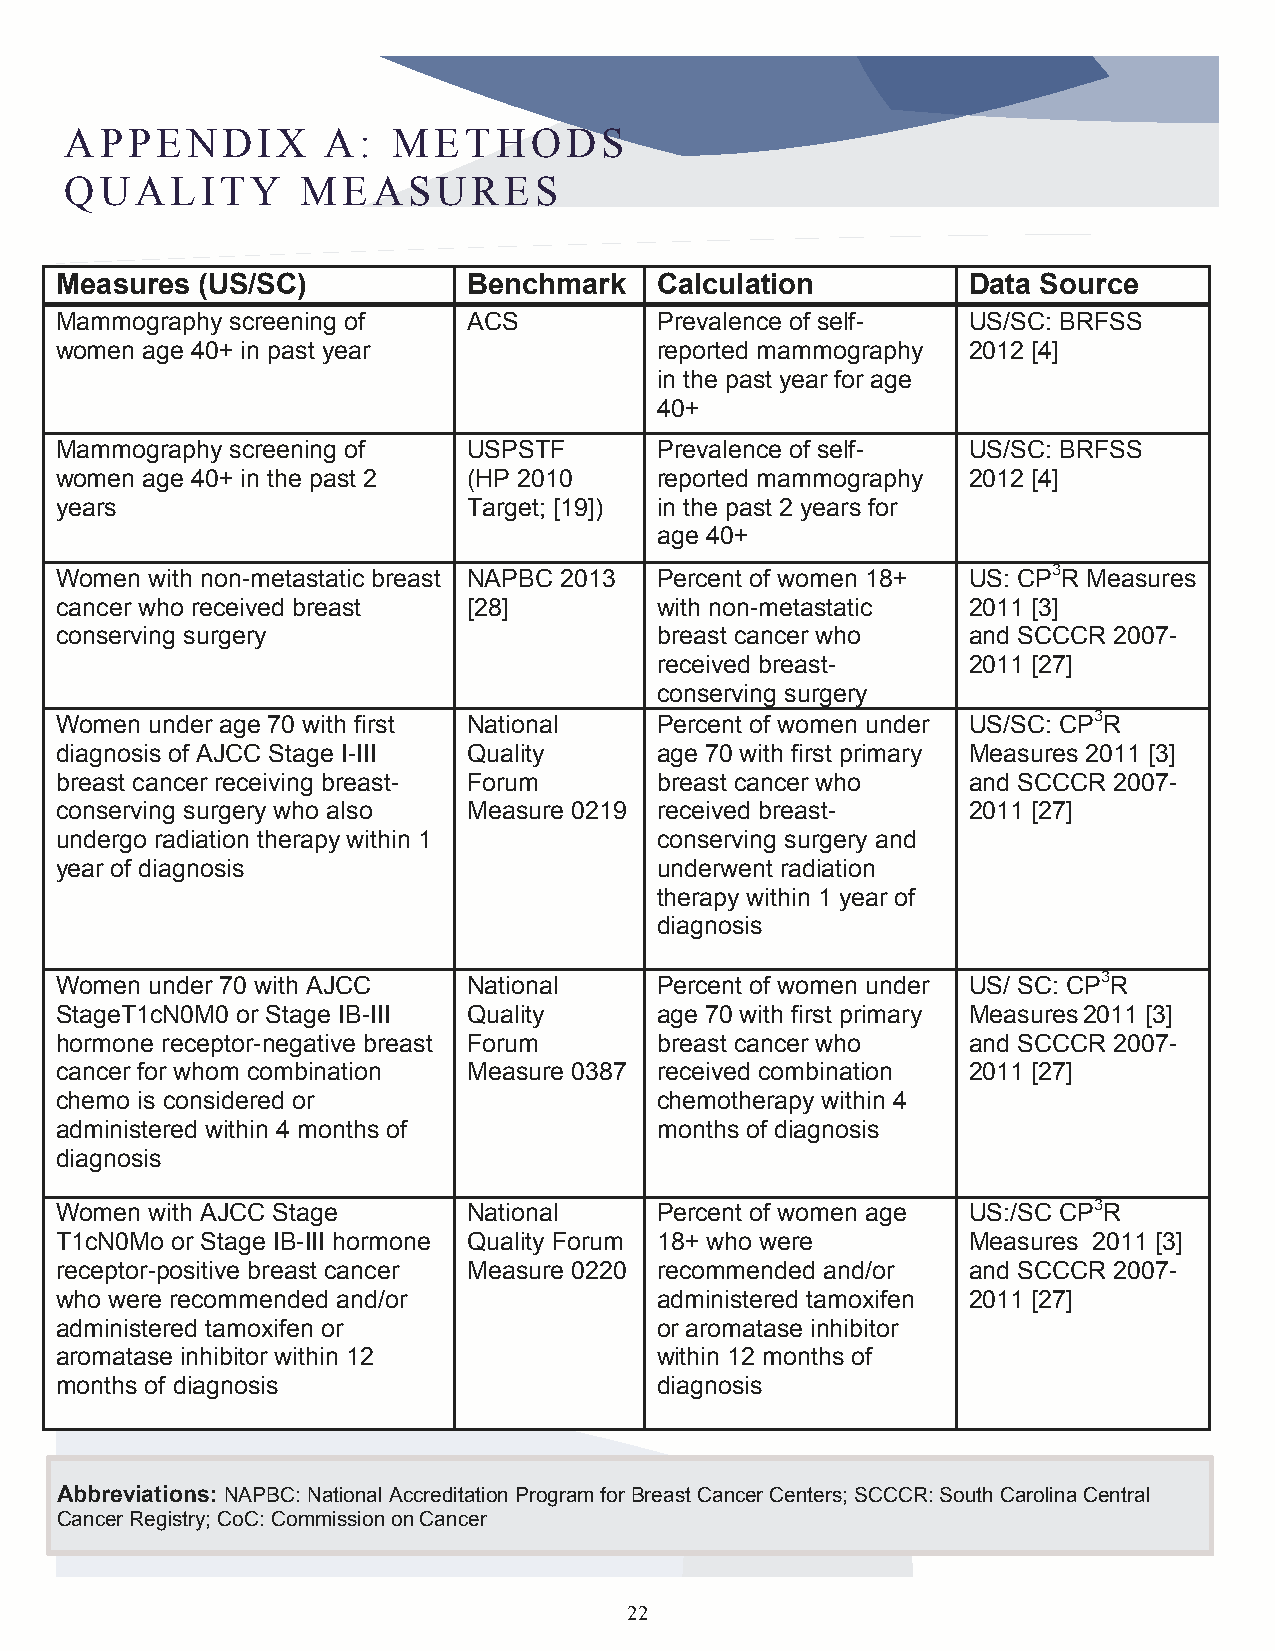
APPENDIX          A:  METHODS
 QUALITY         MEASURES
 Measures (US/SC)           Benchmark   Calculation          Data Source
 Mammography screening of   ACS         Prevalence of self-  US/SC: BRFSS
 women age 40+ in past year             reported mammography 2012 [4]
 in the past year for age
 40+
 Mammography screening of   USPSTF      Prevalence of self-  US/SC: BRFSS
 women age 40+ in the past 2 (HP 2010   reported mammography 2012 [4]
 years                      Target; [19]) in the past 2 years for
 age 40+
 Women with non-metastatic breast NAPBC 2013 Percent of women 18+ US: CP3R Measures
 cancer who received breast [28]        with non-metastatic  2011 [3]
 conserving surgery                     breast cancer who    and SCCCR 2007-
 received breast-     2011 [27]
 co nserving surg ery
 Women under age 70 with fir st Natio nal P ercent of wom en under US/SC: CP3R
 diagnosis of AJCC Stage I-III Quality  age 70 with first primary Measures 2011 [3]
 breast cancer receiving breast- Forum  breast cancer who    and SCCCR 2007-
 conserving surgery who also Measure 0219 received breast-   2011 [27]
 undergo radiation therapy wi thin 1    co nserving surg ery and
 year of diagnosis                      u nderwent radi ation
 therapy within 1 year of
 diagnosis
 Women under 70 with AJCC   National    Percent of women under US/ SC: CP3R
 StageT1cN0M0 or Stage IB-III Quality   age 70 with first primary Measures 2011 [3]
 hormone receptor-negative breast Forum breast cancer who    and SCCCR 2007-
 cancer for whom combination Measure 0387 received combination 2011 [27]
 chemo is considered or                 chemotherapy within 4
 administered within 4 months of        months of diagnosis
 diagnosis
 Women with AJCC Stage      National    Percent of women age US:/SC CP3R
 T1cN0Mo or Stage IB-III hormone Quality Forum 18+ who were  Measures 2011 [3]
 receptor-positive breast cancer Measure 0220 recommended and/or and SCCCR 2007-
 who were recommended and/or            administered tamoxifen 2011 [27]
 administered tamoxifen or              or aromatase inhibitor
 aromatase inhibitor within 12          within 12 months of
 months of diagnosis                    diagnosis
 Abbreviations: NAPBC: National Accreditation Program for Breast Cancer Centers; SCCCR: South Carolina Central
 Cancer Registry; CoC: Commission on Cancer
 22